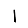
Digit: 1